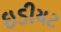
ઇડીયટ